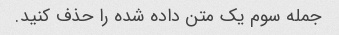
جمله سوم یک متن داده شده را حذف کنید.